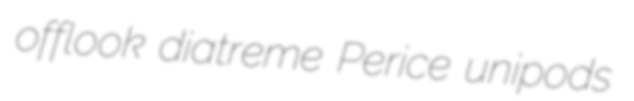
offlook diatreme Perice unipods